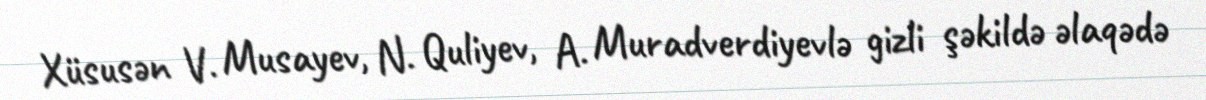
Xüsusən V. Musayev, N. Quliyev, A. Muradverdiyevlə gizli şəkildə əlaqədə